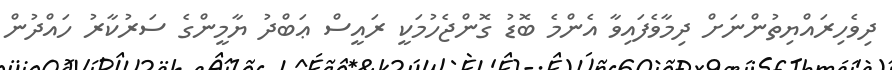
ދިވެހިރައްޔިތުންނަށް ދިމާވެފައިވާ އެންމެ ބޮޑު ގޮންޖެހުމަކީ ރައީސް ޢަބްދު ޔާމީންގެ ސަރުކާރު ހައްދުން